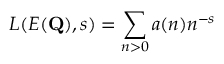
L ( E ( \mathbf { Q } ) , s ) = \sum _ { n > 0 } a ( n ) n ^ { - s }